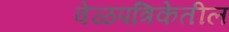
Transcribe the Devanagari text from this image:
वेळपत्रिकेतील